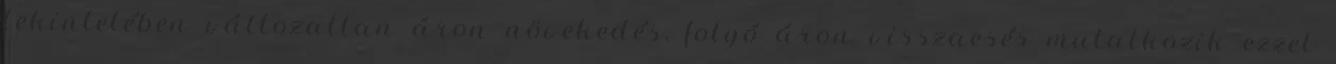
tekintetében változatlan áron növekedés, folyó áron visszaesés mutatkozik ezzel